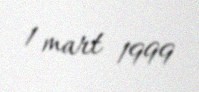
1 mart 1999